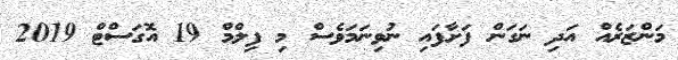
މަންޒަރެއް އަދި ނަގަން ފަށާފައި ނުވިނަމަވެސް މި ފިލްމް 19 އޮގަސްޓް 2019